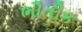
ભૌતીક